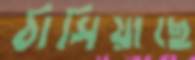
ঠাসিয়াছে